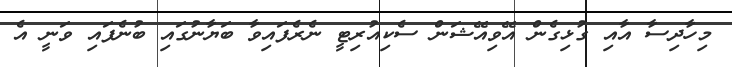
މިހާދިސާ އާއި ގުޅިގެން އޭވިއޭޝަން ސެކިއުރިޓީ ނެެރެފައިވާ ބަޔާނުގައި ބުނެފައި ވަނީ އެ